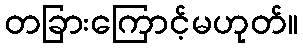
တခြားကြောင့်မဟုတ်။